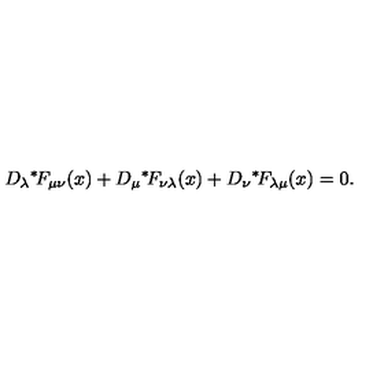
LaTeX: D _ { \lambda } \mathrm { \mathrm { } ^ * \! } F _ { \mu \nu } ( x ) + D _ { \mu } \mathrm { \mathrm { } ^ * \! } F _ { \nu \lambda } ( x ) + D _ { \nu } \mathrm { \mathrm { } ^ * \! } F _ { \lambda \mu } ( x ) = 0 .